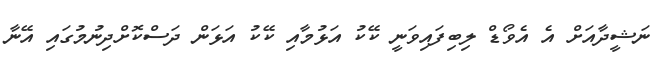
ނަޝީދާއަށް އެ އެވޯޑް ލިބިފައިވަނީ ކޭކު އަޅުމާއި ކޭކު އަޅަން ދަސްކޮށްދިނުމުގައި އޭނާ